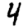
Digit: 4